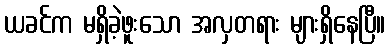
ယခင်က မရှိခဲ့ဖူးသော အလှတရား များရှိနေပြီ။